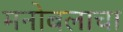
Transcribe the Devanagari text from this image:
मनोबलाचा